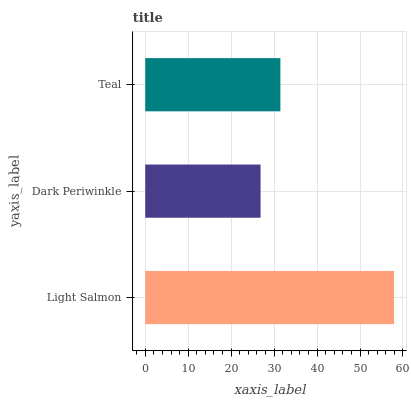
| yaxis_label | bars |
 | --- | --- |
 | Light Salmon | 57.9 |
 | Dark Periwinkle | 26.8 |
 | Teal | 31.5 |